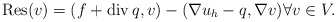
\begin{align*} {\rm Res}(v)=(f+{\rm div}\,q,v)-(\nabla u_h-q,\nabla v) \forall v\in V. \end{align*}